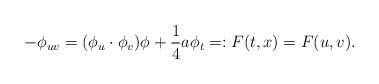
LaTeX: \begin{align*} -\phi_{uv}= (\phi_u\cdot \phi_v) \phi+ \frac{1}{4} a \phi_t=: F(t, x)= F(u, v).\end{align*}